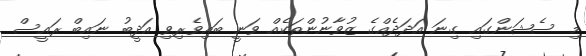
މި ސެޝަންގައި ގިނަ އަދަދެއްގެ ޒުވާނުންތަކެއް ވަނީ ބައިވެރިވި އަދީބު ނައިބް ރައީސް